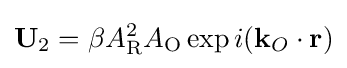
\mathbf {U} _{2}=\beta A_{\text{R}}^{2}A_{\text{O}}\exp i(\mathbf {k} _{O}\cdot \mathbf {r} )